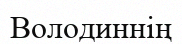
Володиннің